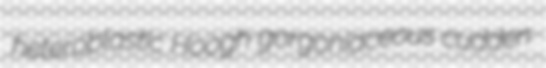
heteroblastic Hoogh gorgoniaceous cudden